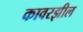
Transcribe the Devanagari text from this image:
कावरझील